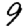
Digit: 9